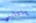
ينتابني